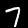
Digit: 7